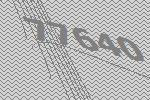
77640